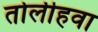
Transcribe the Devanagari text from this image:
तोलीहवा